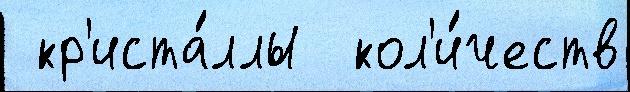
 кр'иста́ллы  кол'и́честв